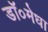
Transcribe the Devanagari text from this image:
डॉ०मेधा